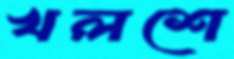
খলশে